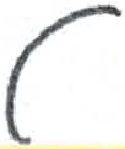
אות: ט